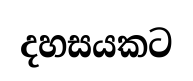
දහසයකට